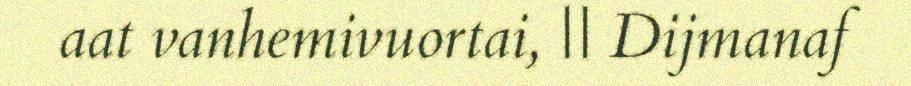
aat vanhemivuortai, || Dijmanaf